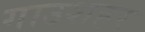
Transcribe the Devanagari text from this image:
गाउशहर